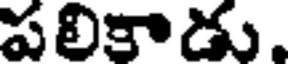
పలికాడు.